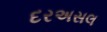
દરઅસલ